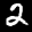
Label: 2